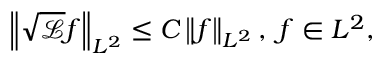
\left\| \sqrt { \mathscr { L } } f \right\| _ { L ^ { 2 } } \leq C \left\| f \right\| _ { L ^ { 2 } } , \; f \in L ^ { 2 } ,